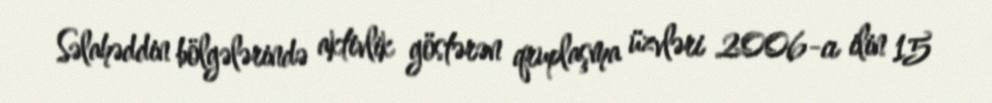
Səlahəddin bölgələrində aktivlik göstərən qruplaşma üzvləri 2006-cı ilin 15